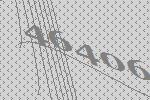
46406